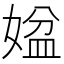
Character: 𡟆